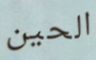
الحين